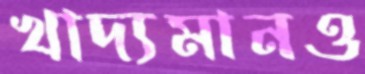
খাদ্যমানও